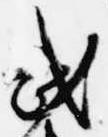
武